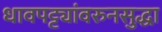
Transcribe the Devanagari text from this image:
धावपट्ट्यांवरुनसुद्धा